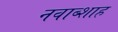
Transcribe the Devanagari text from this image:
नवाब्शाह